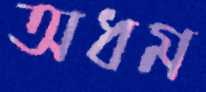
অধম